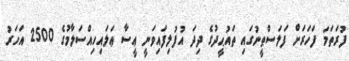
ފުރަތަމަ ފަހަރަށް ފަލަސްޠީނުގައި ތައުޙީދުގެ ދިދަ އުފުލިފައިވަނީ ޢީސާ ޢަލައިހިއްސަލާމުގެ 2500 އަހަރު